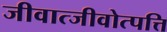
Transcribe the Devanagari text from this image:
जीवात्जीवोत्पत्ति